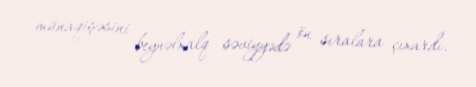
münaqişəsini beynəlxalq səviyyədə ön sıralara çıxardı.